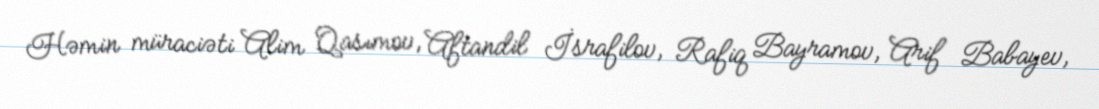
Həmin müraciəti Alim Qasımov, Aftandil İsrafilov, Rafiq Bayramov, Arif Babayev,